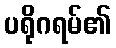
ပရိုဂရမ်၏